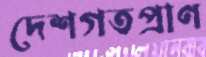
দেশগতপ্রাণ